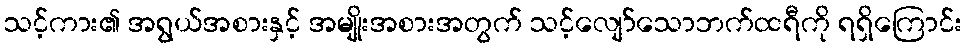
သင့်ကား၏ အရွယ်အစားနှင့် အမျိုးအစားအတွက် သင့်လျော်သောဘက်ထရီကို ရရှိကြောင်း